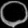
Digit: ၀